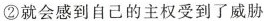
②就会感到自己的主权受到了威胁